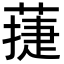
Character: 蓵